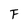
Character: F